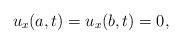
LaTeX: \begin{align*}u_{x}(a,t)=u_{x}(b,t)=0,\end{align*}